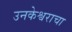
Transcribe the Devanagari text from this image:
उनकेश्वराचा